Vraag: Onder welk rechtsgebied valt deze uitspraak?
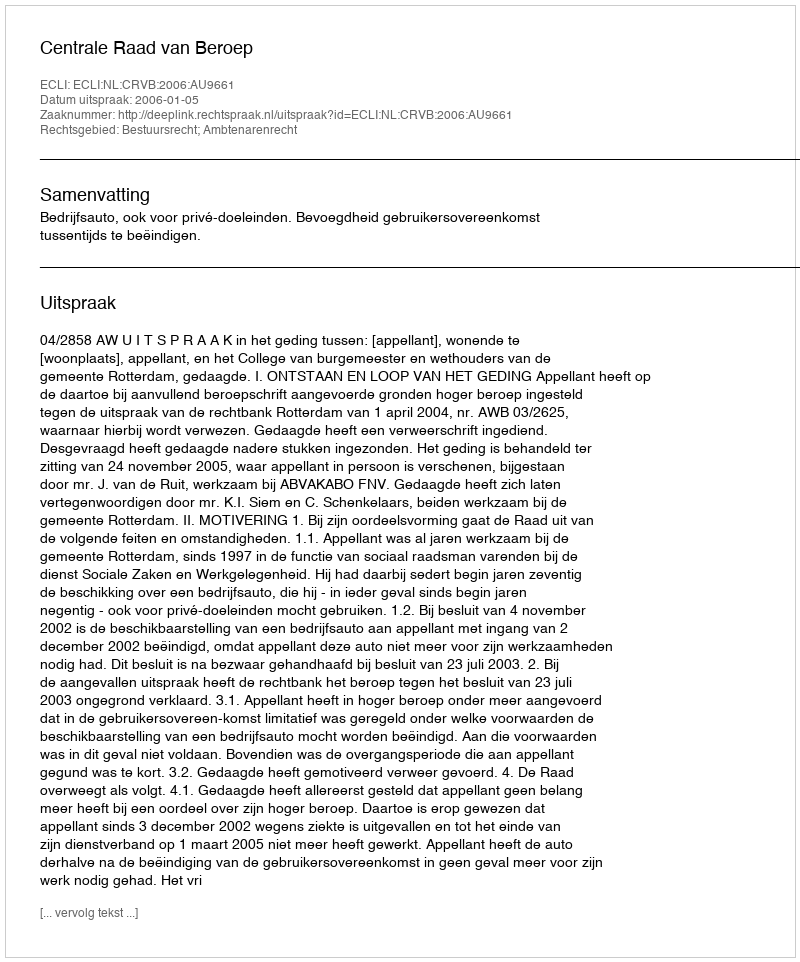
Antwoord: Bestuursrecht; Ambtenarenrecht